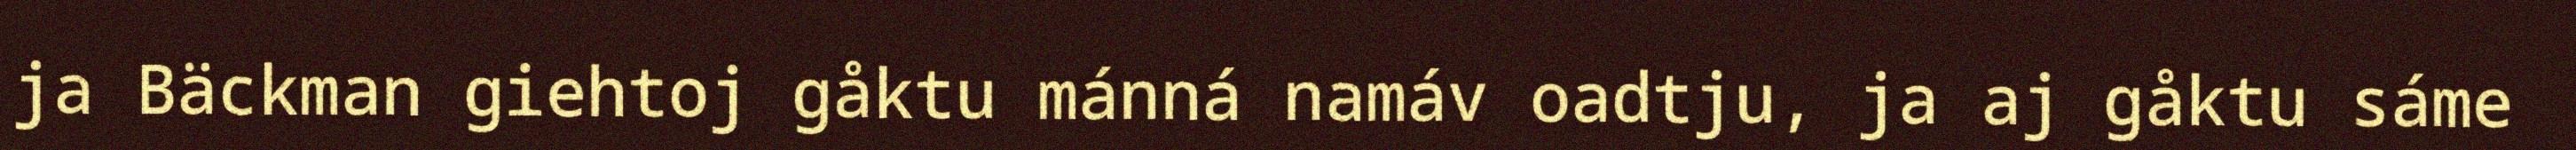
ja Bäckman giehtoj gåktu mánná namáv oadtju, ja aj gåktu sáme